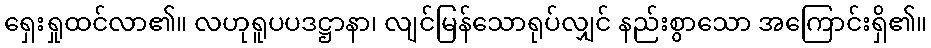
ရှေးရှုထင်လာ၏။ လဟုရူပပဒဋ္ဌာနာ၊ လျင်မြန်သောရုပ်လျှင် နည်းစွာသော အကြောင်းရှိ၏။